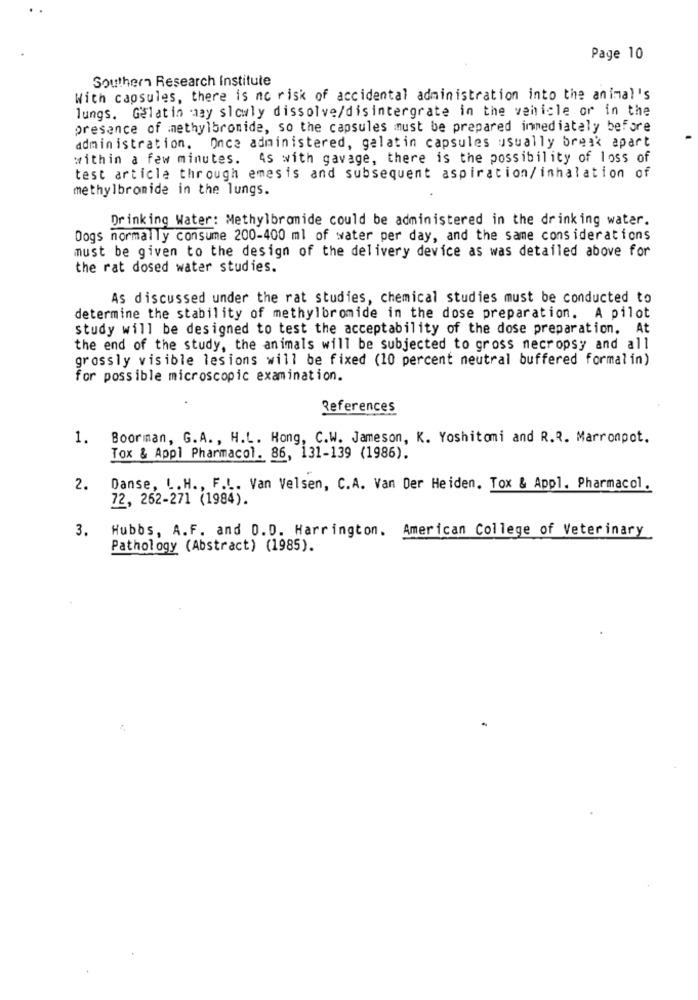
Page 10
Southern Research Institute
With capsules, there is no risk of accidental administration into the animal's
lungs. Gelatin may slowly dissolve/disintergrate in the vehicle or in the
presence of methylbromide, so the capsules must be prepared immediately before
administration. Once administered, gelatin capsules usually break apart
within a few minutes. As with gavage, there is the possibility of loss of
test article through emesis and subsequent aspiration/inhalation of
methylbromide in the lungs.
Drinking Water: Methylbromide could be administered in the drinking water.
Dogs normally consume 200-400 ml of water per day, and the same considerations
must be given to the design of the delivery device as was detailed above for
the rat dosed water studies.
As discussed under the rat studies, chemical studies must be conducted to
determine the stability of methylbromide in the dose preparation. A pilot
study will be designed to test the acceptability of the dose preparation. At
the end of the study, the animals will be subjected to gross necropsy and all
grossly visible lesions will be fixed (10 percent neutral buffered formalin)
for possible microscopic examination.
References
1.
Boorman, G.A. , H.L. Hong, C.W. Jameson, K. Yoshitomi and R.R. Marronpot.
Tox & Appl Pharmacol. 86, 131-139 (1986).
2.
Danse, L. H ., F.L. Van Velsen, C.A. Van Der Heiden. Tox & Appl. Pharmacol.
72, 262-271 (1984).
3.
Hubbs, A.F. and 0.D. Harrington. American College of Veterinary
Pathology (Abstract) (1985).